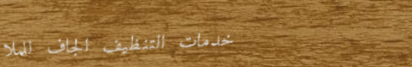
خدمات التنظيف الجاف للملا